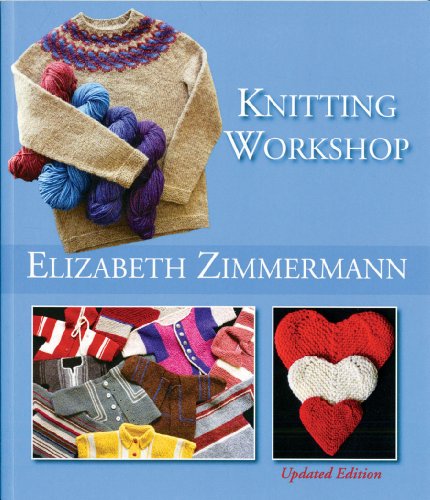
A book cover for Elizabeth Zimmermann's Knitting Workshop (Updated and Expanded Edition); Elizabeth Zimmermann; Crafts, Hobbies & Home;